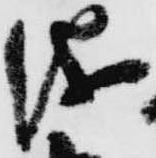
儀